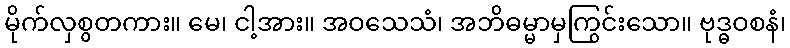
မိုက်လှစွတကား။ မေ၊ ငါ့အား။ အဝသေသံ၊ အဘိဓမ္မာမှကြွင်းသော။ ဗုဒ္ဓဝစနံ၊